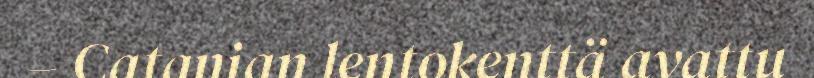
– Catanian lentokenttä avattu